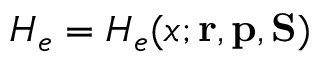
H _ { e } = H _ { e } ( x ; { \mathbf { r } } , { \mathbf { p } } , { \mathbf { S } } )